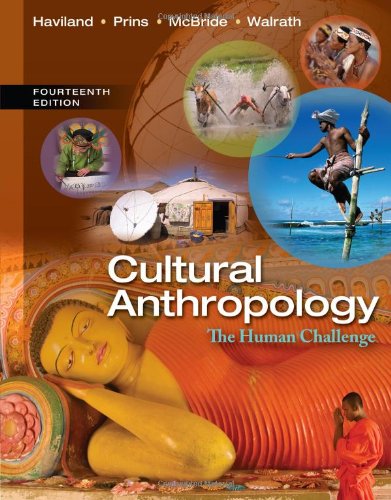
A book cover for Cultural Anthropology: The Human Challenge; William A. Haviland; Science & Math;